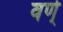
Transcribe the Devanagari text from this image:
वर्ण्